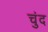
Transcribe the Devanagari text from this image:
चुंद